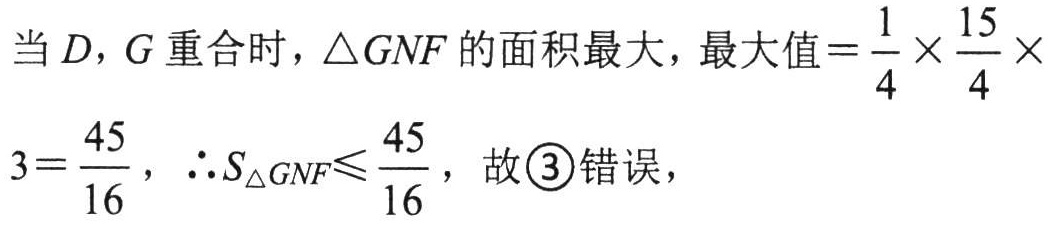
当$D$，$G$重合时，$\triangle GNF$的面积最大，最大值$=\dfrac{1}{4}\times\dfrac{15}{4}\times 3=\dfrac{45}{16}$，$\therefore S_{\triangle GNF}\leqslant\dfrac{45}{16}$，故\textcircled{3}错误，